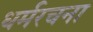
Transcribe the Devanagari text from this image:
धर्मरचना